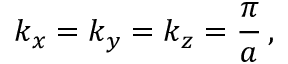
k _ { x } = k _ { y } = k _ { z } = \frac { \pi } { a } \, ,